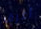
أعرف